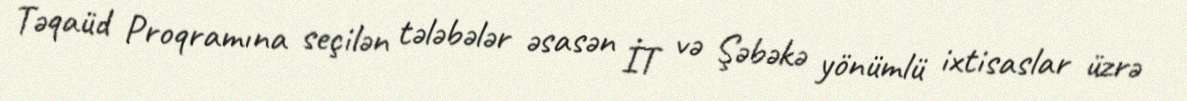
Təqaüd Proqramına seçilən tələbələr əsasən İT və Şəbəkə yönümlü ixtisaslar üzrə